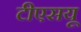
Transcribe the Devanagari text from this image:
टीएसयू